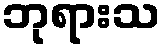
ဘုရားသ